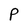
Character: P